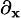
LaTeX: \scriptstyle\partial_{\mathbf{x}}